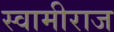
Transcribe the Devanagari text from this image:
स्वामीराज